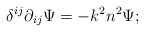
\begin{align*} \delta^{i j} \partial_{i j} \Psi = - k^2 n^2 \Psi;\end{align*}